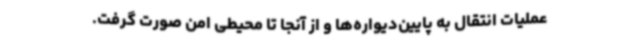
عملیات انتقال به پایین‌دیواره‌ها و از آنجا تا محیطی امن صورت گرفت.